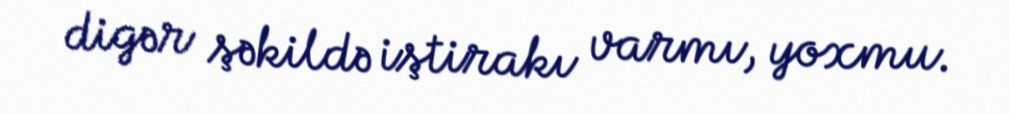
digər şəkildə iştirakı varmı, yoxmu.